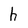
Character: h